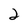
Character: 2